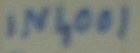
Text: IN4001